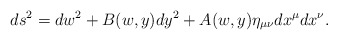
\begin{align*}ds^2=dw^2+B(w,y)dy^2+A(w,y)\eta_{\mu\nu}dx^\mu dx^\nu.\end{align*}